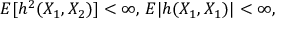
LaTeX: E [ h ^ { 2 } ( X _ { 1 } , X _ { 2 } ) ] < \infty , \, E | h ( X _ { 1 } , X _ { 1 } ) | < \infty ,